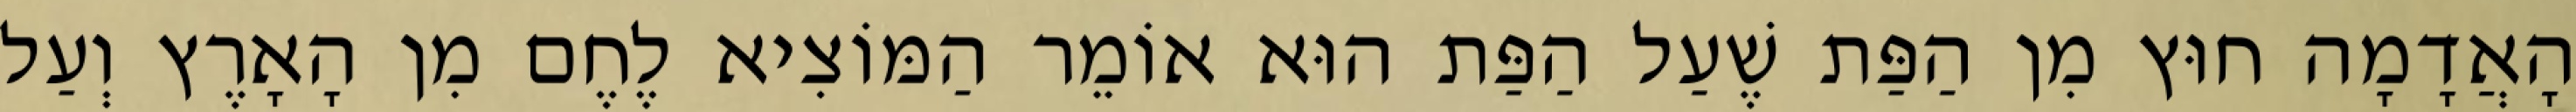
הָאֲדָמָה חוּץ מִן הַפַּת שֶׁעַל הַפַּת הוּא אוֹמֵר הַמּוֹצִיא לֶחֶם מִן הָאָרֶץ וְעַל